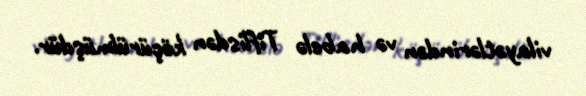
vilayətlərindən və habelə Tiflisdən köçürülmüşdür.